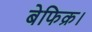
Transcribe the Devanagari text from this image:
बेफिक्र।